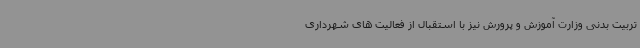
تربیت بدنی وزارت آموزش و پرورش نیز با استقبال از فعالیت های شهرداری